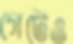
গেটেও